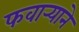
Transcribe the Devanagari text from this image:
फवार्‍याने